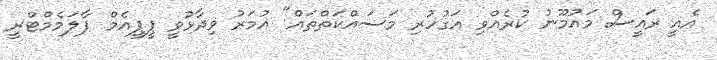
އެއީ ރައީސް މައުމޫނު ކުރެއްވި އަގުހުރި މަސައްކަތްތައް" އުމަރު ވިދާޅުވީ ޕީޕީއެމް ޕާލަމެމްޓްރީ